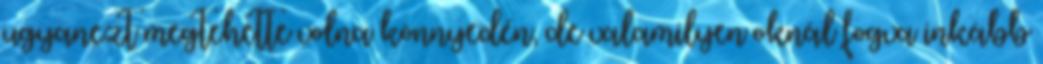
ugyanezt megtehette volna könnyedén, de valamilyen oknál fogva inkább